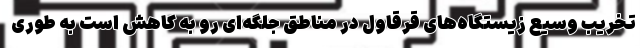
تخریب وسیع زیستگاه‌های قرقاول در مناطق جلگه‌ای رو به کاهش است به طوری